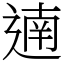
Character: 遖